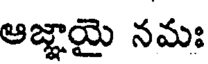
ఆజ్ఞాయై నమః